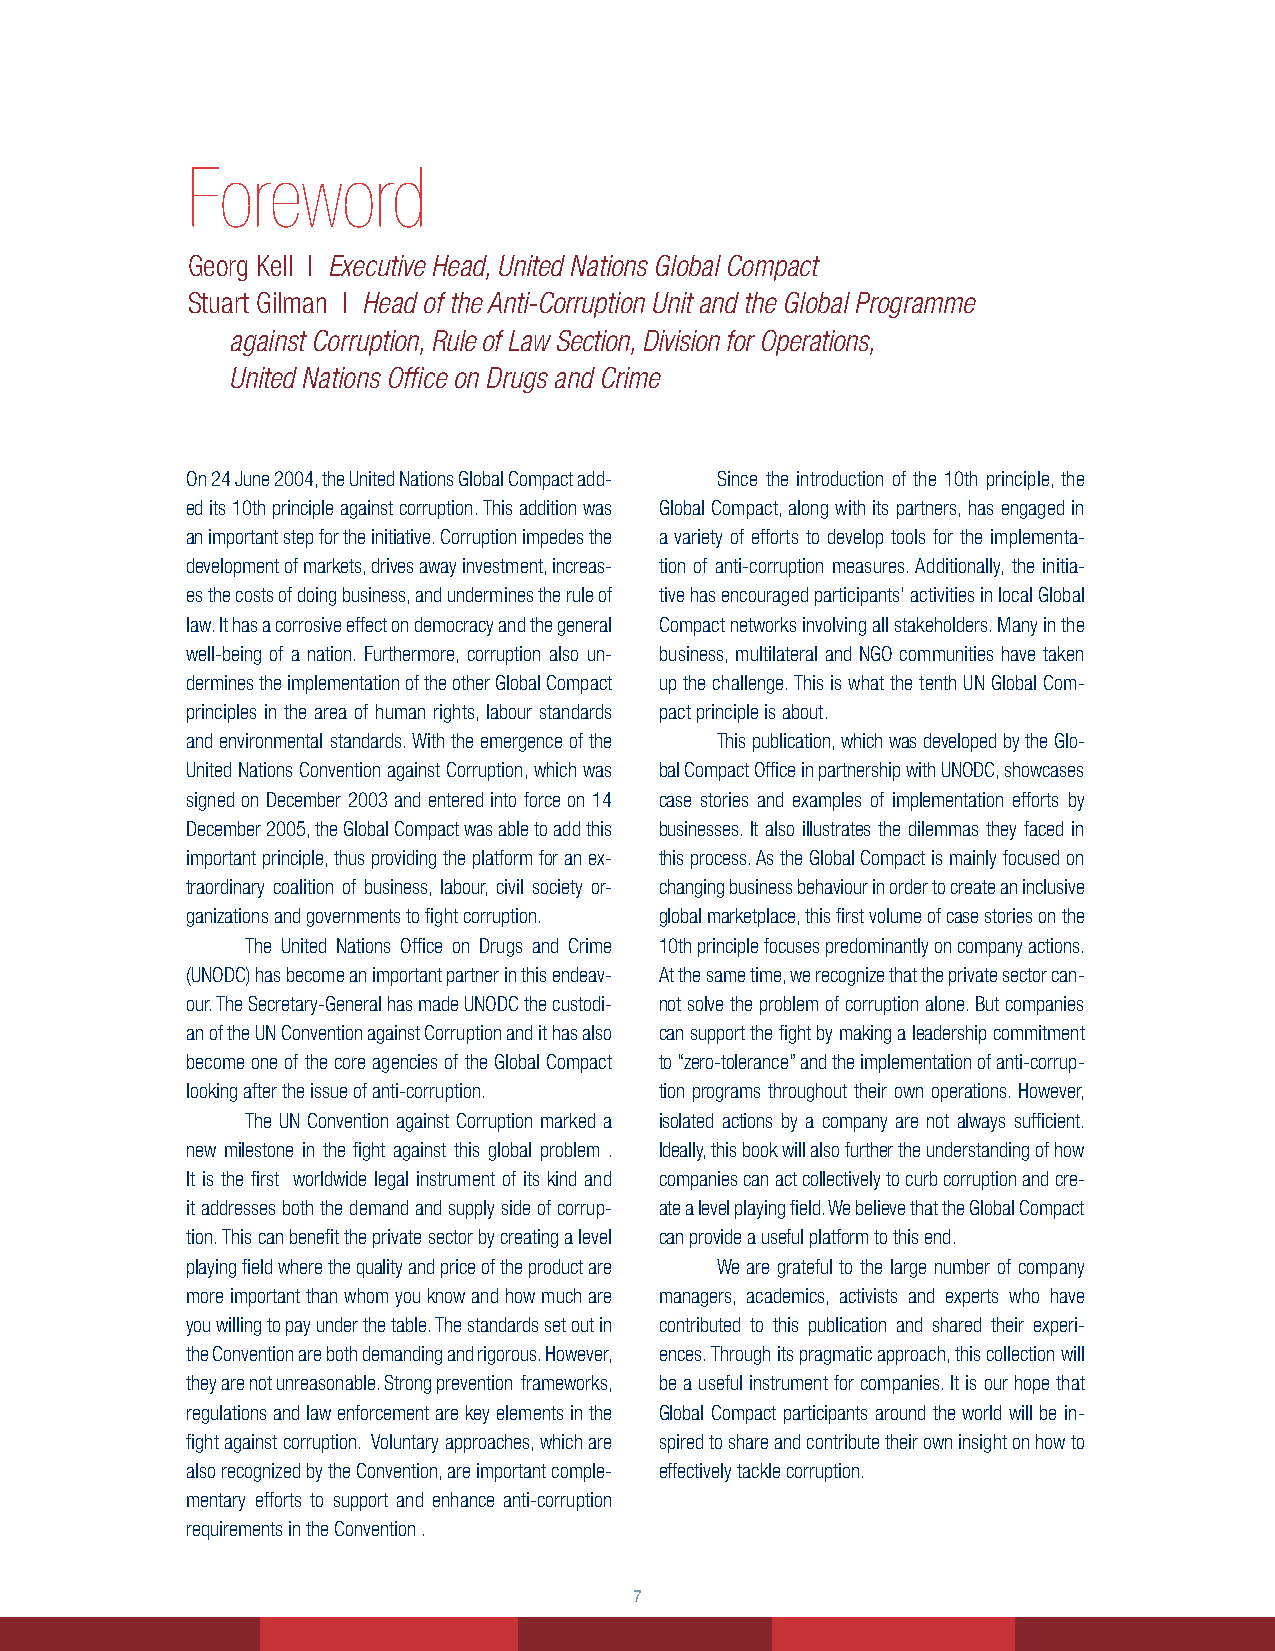
Foreword
 Georg Kell | Executive Head, United Nations Global Compact
 Stuart Gilman | Head of the Anti-Corruption Unit and the Global Programme
 against Corruption, Rule of Law Section, Division for Operations,
 United Nations Office on Drugs and Crime
 On 24 June 2004, the United Nations Global Compact add- Since the introduction of the 10th principle, the
 ed its 10th principle against corruption. This addition was Global Compact, along with its partners, has engaged in
 an important step for the initiative. Corruption impedes the a variety of efforts to develop tools for the implementa-
 development of markets, drives away investment, increas- tion of anti-corruption measures. Additionally, the initia-
 es the costs of doing business, and undermines the rule of tive has encouraged participants’ activities in local Global
 law. It has a corrosive effect on democracy and the general Compact networks involving all stakeholders. Many in the
 well-being of a nation. Furthermore, corruption also un- business, multilateral and NGO communities have taken
 dermines the implementation of the other Global Compact up the challenge. This is what the tenth UN Global Com-
 principles in the area of human rights, labour standards pact principle is about.
 and environmental standards. With the emergence of the This publication, which was developed by the Glo-
 United Nations Convention against Corruption, which was bal Compact Office in partnership with UNODC, showcases
 signed on December 2003 and entered into force on 14 case stories and examples of implementation efforts by
 December 2005, the Global Compact was able to add this businesses. It also illustrates the dilemmas they faced in
 important principle, thus providing the platform for an ex- this process. As the Global Compact is mainly focused on
 traordinary coalition of business, labour, civil society or- changing business behaviour in order to create an inclusive
 ganizations and governments to fight corruption. global marketplace, this first volume of case stories on the
 The United Nations Office on Drugs and Crime 10th principle focuses predominantly on company actions.
 (UNODC) has become an important partner in this endeav- At the same time, we recognize that the private sector can-
 our. The Secretary-General has made UNODC the custodi- not solve the problem of corruption alone. But companies
 an of the UN Convention against Corruption and it has also can support the fight by making a leadership commitment
 become one of the core agencies of the Global Compact to “zero-tolerance” and the implementation of anti-corrup-
 looking after the issue of anti-corruption. tion programs throughout their own operations. However,
 The UN Convention against Corruption marked a isolated actions by a company are not always sufficient.
 new milestone in the fight against this global problem . Ideally, this book will also further the understanding of how
 It is the first worldwide legal instrument of its kind and companies can act collectively to curb corruption and cre-
 it addresses both the demand and supply side of corrup- ate a level playing field. We believe that the Global Compact
 tion. This can benefit the private sector by creating a level can provide a useful platform to this end.
 playing field where the quality and price of the product are We are grateful to the large number of company
 more important than whom you know and how much are managers, academics, activists and experts who have
 you willing to pay under the table. The standards set out in contributed to this publication and shared their experi-
 the Convention are both demanding and rigorous. However, ences. Through its pragmatic approach, this collection will
 they are not unreasonable. Strong prevention frameworks, be a useful instrument for companies. It is our hope that
 regulations and law enforcement are key elements in the Global Compact participants around the world will be in-
 fight against corruption. Voluntary approaches, which are spired to share and contribute their own insight on how to
 also recognized by the Convention, are important comple- effectively tackle corruption.
 mentary efforts to support and enhance anti-corruption
 requirements in the Convention .
 